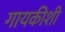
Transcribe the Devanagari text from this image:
गायकीशी